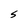
Character: S